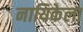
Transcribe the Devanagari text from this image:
नायिकेला